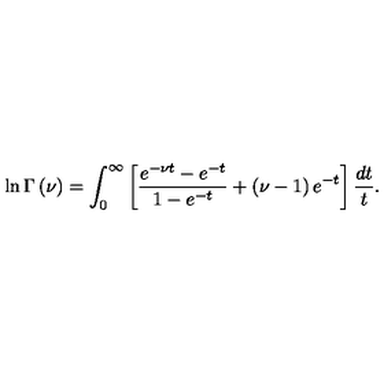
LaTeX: \ln \Gamma \left( \nu \right) = \int _ { 0 } ^ { \infty } \left[ \frac { e ^ { - \nu t } - e ^ { - t } } { 1 - e ^ { - t } } + \left( \nu - 1 \right) e ^ { - t } \right] \frac { d t } t .